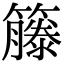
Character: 籐